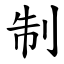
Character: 制